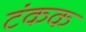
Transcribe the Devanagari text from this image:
टंकक